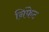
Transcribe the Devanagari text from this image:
निंफेट